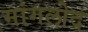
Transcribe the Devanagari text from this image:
मांगलोद